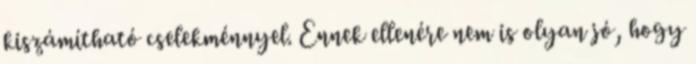
kiszámítható cselekménnyel. Ennek ellenére nem is olyan jó, hogy